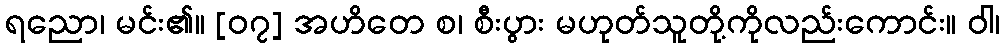
ရညော၊ မင်း၏။ [၀၇] အဟိတေ စ၊ စီးပွား မဟုတ်သူတို့ကိုလည်းကောင်း။ ဝါ၊